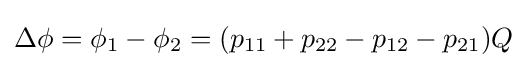
\Delta \phi =\phi _{1}-\phi _{2}=(p_{11}+p_{22}-p_{12}-p_{21})Q